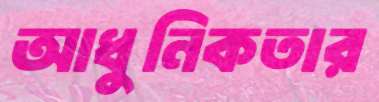
আধুনিকতার